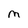
Character: m